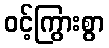
ဝင့်ကြွားစွာ